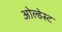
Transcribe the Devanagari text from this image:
ओल्डेस्ट